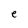
Character: e